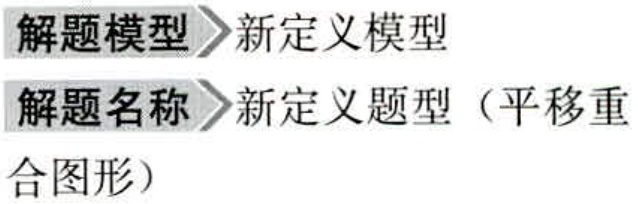
解题模型 新定义模型
解题名称 新定义题型（平移重
合图形）